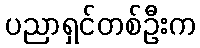
ပညာရှင်တစ်ဦးက